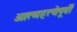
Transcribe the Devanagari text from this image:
आत्महत्येपूर्वी